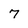
Character: 7